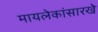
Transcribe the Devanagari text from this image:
मायलेकांसारखे